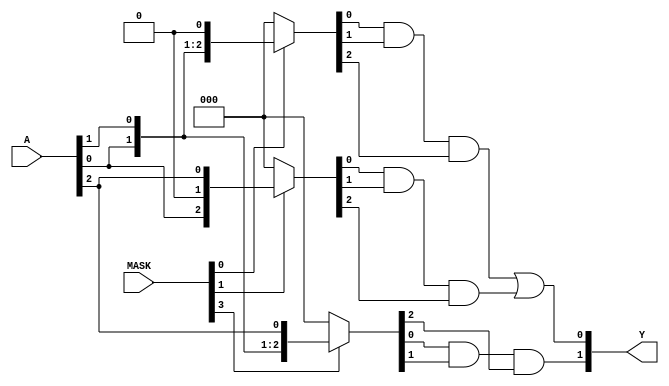
module masked_pal (
    input wire [N-1:0] A,    // Input signals
    input wire [M-1:0] MASK, // Mask signals for programming the AND array
    output wire [P-1:0] Y    // Outputs
);

// Parameters
parameter N = 3; // Number of inputs (e.g., A0, A1, A2)
parameter M = 4; // Number of AND gates
parameter P = 2; // Number of OR outputs

// Programmable AND gates
wire [M-1:0] and_out; // Outputs of AND gates
wire [N-1:0] and_input[M-1:0]; // Inputs to each AND gate

// Example of defining the connections for AND gates based on programming
assign and_input[0] = (MASK[0]) ? {A[0], A[1], 1'b0} : 3'b0; // AND gate 0
assign and_input[1] = (MASK[1]) ? {A[0], 1'b0, A[2]} : 3'b0; // AND gate 1
assign and_input[2] = (MASK[2]) ? {1'b0, A[1], A[2]} : 3'b0; // AND gate 2
assign and_input[3] = (MASK[3]) ? {A[0], A[1], A[2]} : 3'b0; // AND gate 3

// AND gate logic
genvar i;
generate
    for (i = 0; i < M; i = i + 1) begin : and_logic
        assign and_out[i] = and_input[i][0] & and_input[i][1] & and_input[i][2];
    end
endgenerate

// Fixed OR array
assign Y[0] = and_out[0] | and_out[1]; // Output Y0 from AND gates 0 and 1
assign Y[1] = and_out[2] | and_out[3]; // Output Y1 from AND gates 2 and 3

endmodule